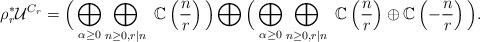
LaTeX: \begin{align*} \rho_r^*\mathcal{U}^{C_r}=\Big(\bigoplus_{\alpha \geq 0} \bigoplus_{n \geq 0, r\mid n} \ \mathbb{C}\left(\frac{n}{r}\right)\Big) \bigoplus \Big( \bigoplus_{\alpha \geq 0} \bigoplus_{n\geq 0, r \mid n} \ \mathbb{C}\left(\frac{n}{r}\right) \oplus \mathbb{C}\left(-\frac{n}{r}\right)\Big). \end{align*}